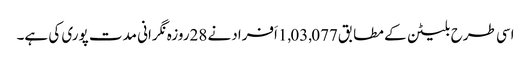
اسی طرح بلیٹن کے مطابق1,03,077اَفرادنے 28روزہ نگرانی مدت پوری کی ہے۔